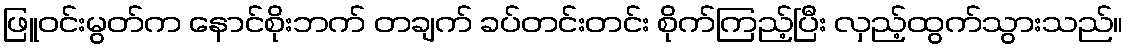
ဖြူဝင်းမွတ်က နောင်စိုးဘက် တချက် ခပ်တင်းတင်း စိုက်ကြည့်ပြီး လှည့်ထွက်သွားသည်။